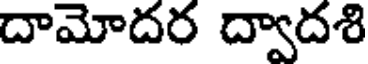
దామోదర ద్వాదశి